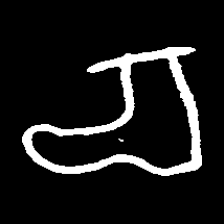
Pyu character \u2014 Myanmar letter: စ (romanized: ca)